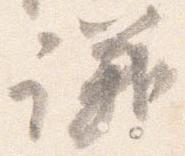
議